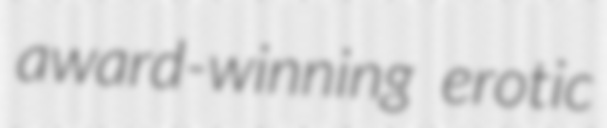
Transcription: award-winning erotic